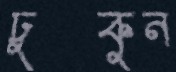
ঢুকুন